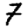
Digit: 7